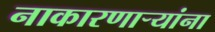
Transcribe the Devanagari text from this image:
नाकारणार्‍यांना